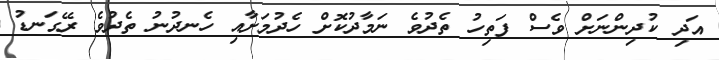
އަދި ކުދިންނަށް ވެސް ފަތިހު ތެދުވެ ނަމާދުކޮށް ހެދުމަށާއި ހެނދުނު ތެދުވެ ރޭގަނޑު